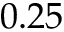
0 . 2 5